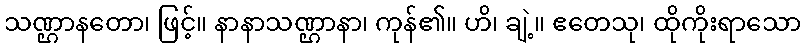
သဏ္ဌာနတော၊ ဖြင့်။ နာနာသဏ္ဌာနာ၊ ကုန်၏။ ဟိ၊ ချဲ့။ ဧတေသု၊ ထိုကိုးရာသော